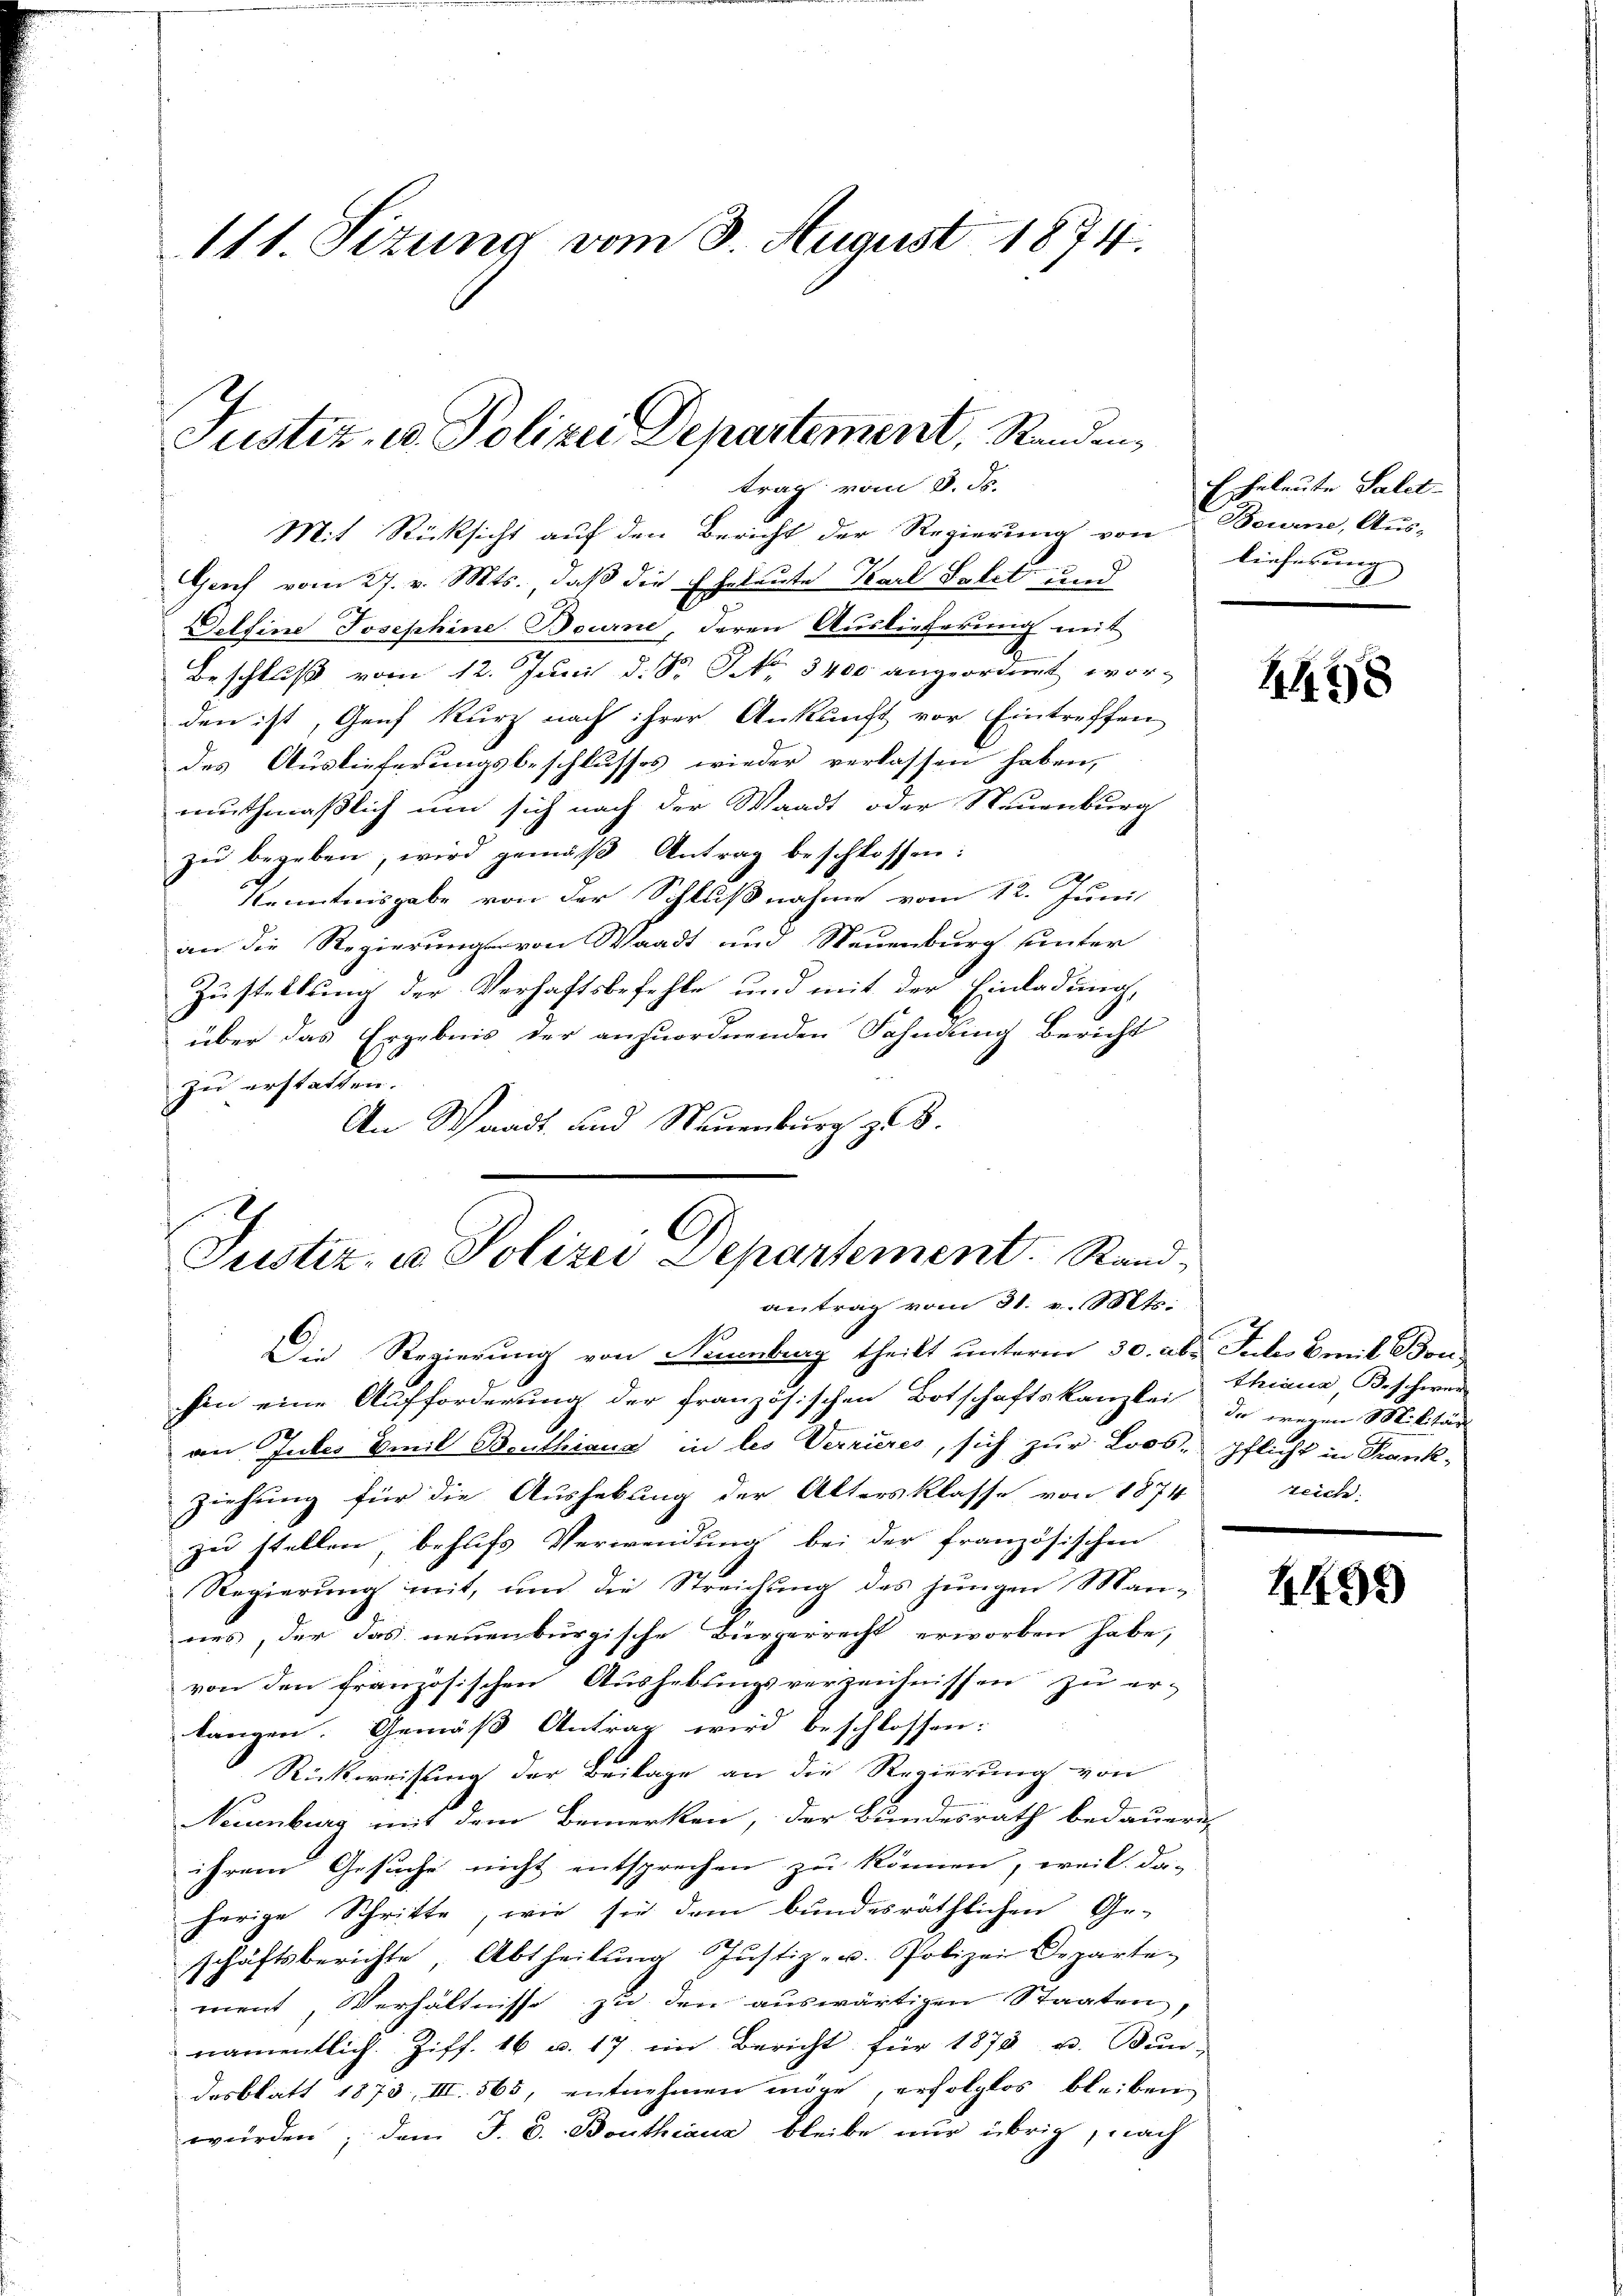
111. Situng vom 8. August 1874.

Justiz- u. Polizei Departement, Standen
trag vom 3. ds.

Mit Rücksicht auf den Bericht der Regierung von Beurne, Aus-
Genf vom 27. v. Mts. daß die Eheleute Karl Salet und
elsine Josephine Bourne, deren Auslieferung mit
Beschluß vom 12. Juni d. S. No. 3400 angeordnet worden ist, Genf kurz nach ihrer Ankunft vor Eintreffen
des Auslieferungsbeschlusses wieder verlassen haben,
muthmaßlich um sich nach der Waadt oder Neuenburg
zu begeben, wird gemäß Antrag beschlossen:
Kenntnisgabe von der Schlußnahme vom 12. Juni
an die Regierung von Waadt und Neuenburg unter
Zustellung der Verhaftsbefehle und mit der Einladung,
über das Ergebnis der anzuordnenden Fahndung Bericht
zu erstatten.
An Waadt und Neuenburg z. B.

Justiz- u. Polizei Departement. Rand
antrag vom 31. v. Mts.
Die Regierung von Numnburg theilt unterm 30. aber Juches mit Bon

Eheleute Salet
lieferung |

hin eine Aufforderung der französischen Botschaftskanzlei de Militär
an Gutes Emil Benthiana in des Verrieres, sich zur Loos, pflicht in Frankziehung für die Aushebung der Altersklasse von 1874
zu stellen, behufs Verwendung bei der französischen
Regierung mit, und die Streichung des jungen Man-
nes, der das neuenburgische Bürgerrecht erworben habe,
von den französischen Aushebungsverzeichnissen zu er-
langen. Gemäß Antrag wird beschlossen:
Rückweisung der Beilage an die Regierung von
Neuenburg mit dem Bemerken, der Bundesrath bedauern,
ihrem Gesuche nicht entsprechen zu können, weil da-
herige Schritte, wie sie dem bundesräthlichen Ge-
schäftsberichte, Abtheilŭng Justiz- u. Polizei Departe-
11
ment, Verhältnisse zu den auswärtigen Staaten,
namentlich. Ziff. 16 u. 17 im Bericht für 1878 u. Bŭn-
dosblatt 1873, III. 565, entnehmen möge, erfolglos bleiben
würden; den J. C. Bouthaus bleibe nur übrig, nach

240

thiana Beschwer
zeich.

1195